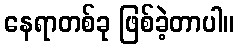
နေရာတစ်ခု ဖြစ်ခဲ့တာပါ။